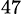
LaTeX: ^{47}